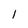
Character: 1